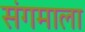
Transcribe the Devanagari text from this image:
संगमाला